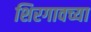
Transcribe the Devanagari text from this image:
शिरगावच्या